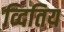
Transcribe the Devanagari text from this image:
व्दितिय